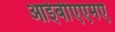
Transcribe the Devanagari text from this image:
आईबीएएमए